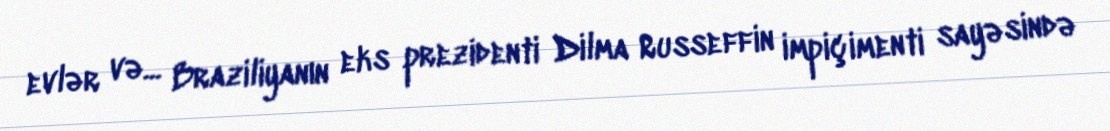
evlər və... Braziliyanın eks prezidenti Dilma Russeffin impiçimenti sayəsində